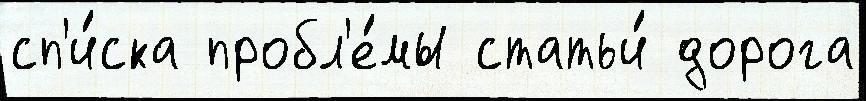
сп'и́ска пробл'е́мы статьи́ дорога